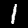
Digit: 1